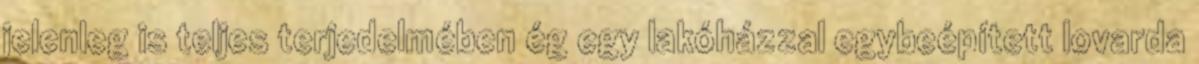
jelenleg is teljes terjedelmében ég egy lakóházzal egybeépített lovarda